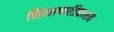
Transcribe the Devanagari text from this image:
सिलाप्पाडिकारम